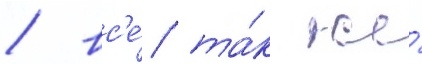
/ вс'е́ та́к же́